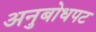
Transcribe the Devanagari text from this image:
अनुबोधपट